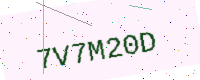
Text: 7V7M20D